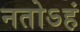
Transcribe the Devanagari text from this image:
नतोऽहं